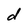
Character: d